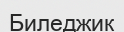
Биледжик